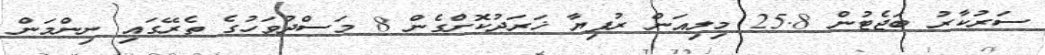
ސަރުކާރު ބަޖެޓުން 25.8 މިލިއަން ރުފިޔާ ޚަރަދުކޮށްގެން 8 މަސްދުވަހުގެ ތެރޭގައި ނިންމަން